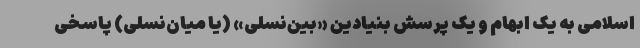
اسلامی به یک ابهام و یک پرسش بنیادین «بین‌نسلی» (یا میان‌نسلی) پاسخی